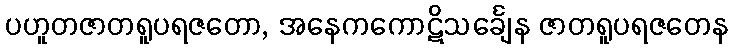
ပဟူတဇာတရူပရဇတော, အနေကကောဋိသင်္ချေန ဇာတရူပရဇတေန